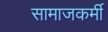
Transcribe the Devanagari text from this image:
सामाजकर्मी